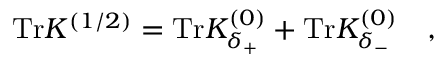
\mathrm { T r } K ^ { ( 1 / 2 ) } = \mathrm { T r } K _ { \delta _ { + } } ^ { ( 0 ) } + \mathrm { T r } K _ { \delta _ { - } } ^ { ( 0 ) } ~ ~ ~ ,